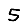
Digit: 5